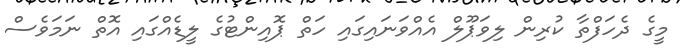
މީގެ ދެހަފްތާ ކުރިން ލިވަޕޫލް އެއްވަނައިގައި ހަތް ޕޮއިންޓުގެ ލީޑެއްގައި އޮތް ނަމަވެސް